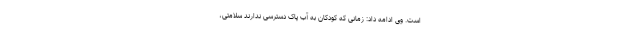
است. وی ادامه داد: زمانی که کودکان به آب پاک دسترسی ندارند سلامتی،